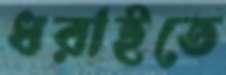
ধরাইতে